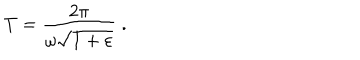
T = \frac { 2 \pi } { \omega \sqrt { 1 + \varepsilon } } \; .